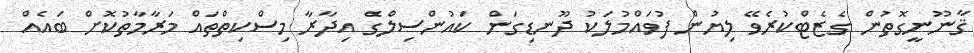
ޤާނޫނީގޮތުން ގެޒެޓްކުރެވޭ ލިޔުން ފުވައްމުލަކު ދޫނޑިގަން ކައުންސިލްގެ އިދާރާ މިސްކިތްތައް މަރާމާތުކޮށް ބައެއް